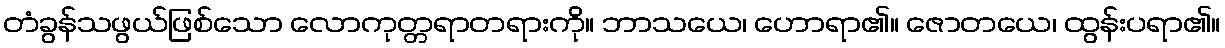
တံခွန်သဖွယ်ဖြစ်သော လောကုတ္တရာတရားကို။ ဘာသယေ၊ ဟောရာ၏။ ဇောတယေ၊ ထွန်းပရာ၏။